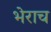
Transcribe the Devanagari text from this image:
भेराच